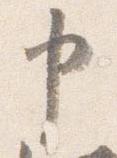
申